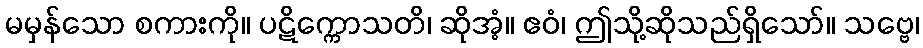
မမှန်သော စကားကို။ ပဋိက္ကောသတိ၊ ဆိုအံ့။ ဧဝံ၊ ဤသို့ဆိုသည်ရှိသော်။ သဗ္ဗေ၊